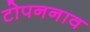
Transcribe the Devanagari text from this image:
टोपननाव